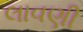
લાવણી